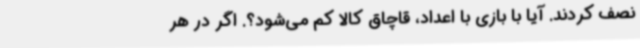
نصف کردند. آیا با بازی با اعداد، قاچاق کالا کم می‌شود؟. اگر در هر